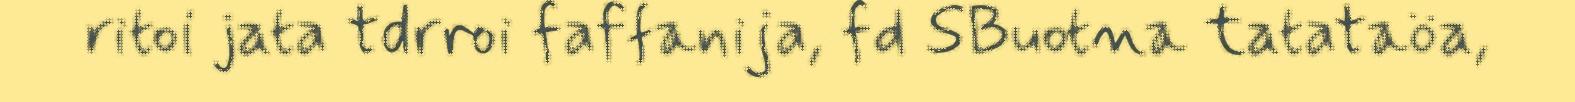
ritoi jata tdrroi faffanija, fd SBuotna tatataöa,